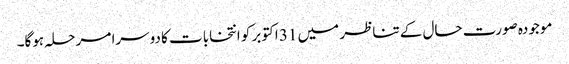
موجودہ صورت حال کے تناظر میں 31 اکتوبر کو انتخابات کا دوسرا مرحلہ ہوگا۔